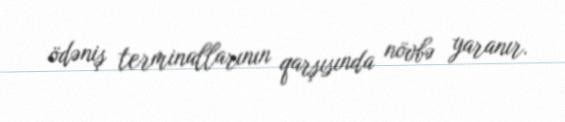
ödəniş terminallarının qarşısında növbə yaranır.